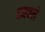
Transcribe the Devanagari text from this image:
रमवले